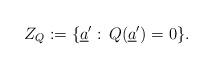
LaTeX: \begin{gather*}Z_{Q}:=\{\underline{a}':\,Q(\underline{a}')=0\}.\end{gather*}